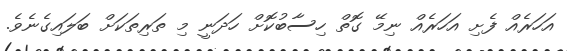
އަހަރެއް ފެށި އަހަރެއް ނިމޭ ގޮތް ހިސާބުކޮށް ހަދަނީ މި ތަރިތަކަށް ބަލައިގެނެވެ.